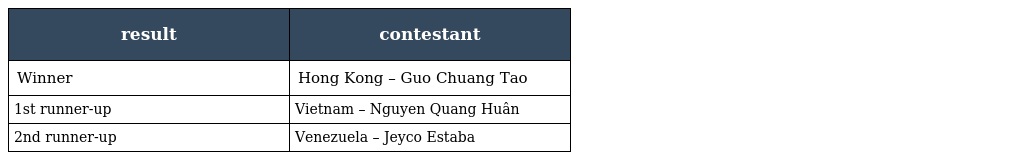
| result | contestant |
 | --- | --- |
 | Winner | Hong Kong – Guo Chuang Tao |
 | 1st runner-up | Vietnam – Nguyen Quang Huân |
 | 2nd runner-up | Venezuela – Jeyco Estaba |